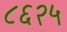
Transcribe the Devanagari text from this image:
८६२५